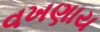
વખણાય